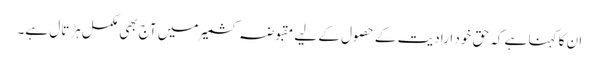
ان کا کہنا ہے کہ حق خود ارادیت کے حصول کے لیے مقبوضہ کشمیر میں آج بھی مکمل ہڑتال ہے۔